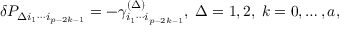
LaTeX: \delta { \cal P } _ { \Delta i _ { 1 } \cdots i _ { p - 2 k - 1 } } = - \gamma _ { i _ { 1 } \cdots i _ { p - 2 k - 1 } } ^ { ( \Delta ) } , \; \Delta = 1 , 2 , \; k = 0 , \ldots , a ,